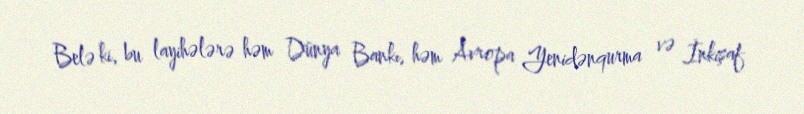
Belə ki, bu layihələrə həm Dünya Bankı, həm Avropa Yenidənqurma və İnkişaf